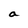
Character: a